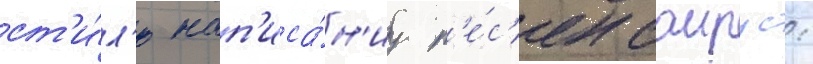
ст'и́л'ю нап'иса́н'иу п'е́с'ен саирус: